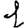
Digit: 1